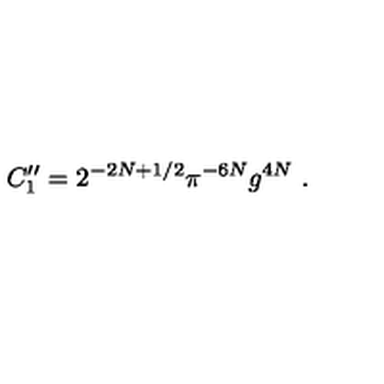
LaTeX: C _ { 1 } ^ { \prime \prime } = 2 ^ { - 2 N + 1 / 2 } \pi ^ { - 6 N } g ^ { 4 N } \ .